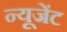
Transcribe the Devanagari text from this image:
न्यूजेंट